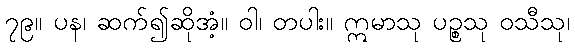
၇၉။ ပန၊ ဆက်၍ဆိုအံ့။ ဝါ၊ တပါး။ ဣမာသု ပဉ္စသု ဝသီသု၊